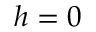
h = 0